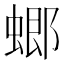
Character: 𧎟